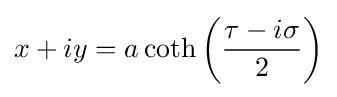
x+iy=a\coth \left({\frac {\tau -i\sigma }{2}}\right)